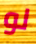
لو